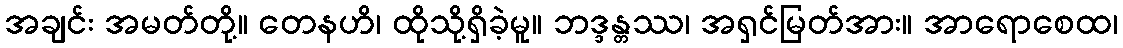
အချင်း အမတ်တို့။ တေနဟိ၊ ထိုသို့ရှိခဲ့မူ။ ဘဒ္ဒန္တဿ၊ အရှင်မြတ်အား။ အာရောစေထ၊